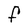
Character: F